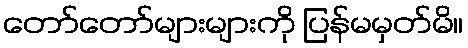
တော်တော်များများကို ပြန်မမှတ်မိ။